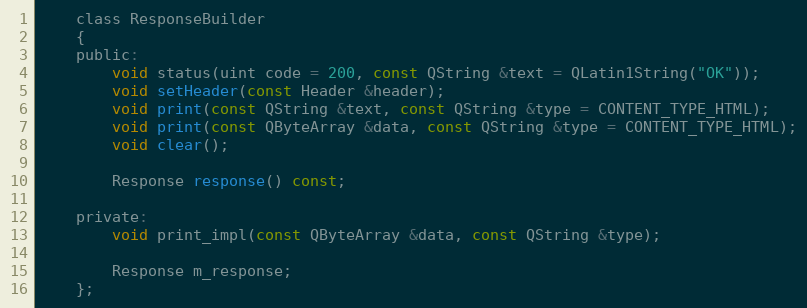
Language: C
    class ResponseBuilder
    {
    public:
        void status(uint code = 200, const QString &text = QLatin1String("OK"));
        void setHeader(const Header &header);
        void print(const QString &text, const QString &type = CONTENT_TYPE_HTML);
        void print(const QByteArray &data, const QString &type = CONTENT_TYPE_HTML);
        void clear();

        Response response() const;

    private:
        void print_impl(const QByteArray &data, const QString &type);

        Response m_response;
    };